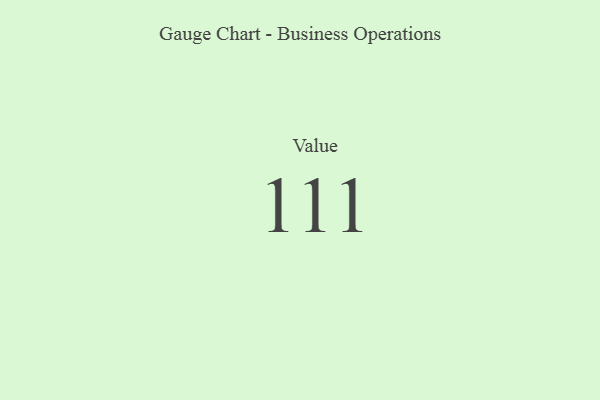
{"axis": {"x": "Metric", "y": "Value"}, "legend": [""], "data": [{"x": "Value", "y": 111, "type": ""}]}